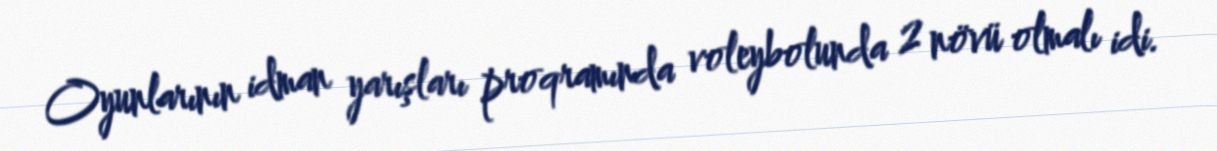
Oyunlarının idman yarışları proqramında voleybolunda 2 növü olmalı idi.